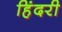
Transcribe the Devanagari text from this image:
हिंदरी